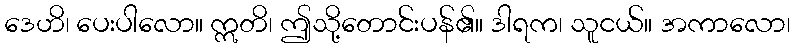
ဒေဟိ၊ ပေးပါလော။ ဣတိ၊ ဤသို့တောင်းပန်၏။ ဒါရက၊ သူငယ်။ အကာလော၊